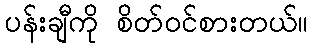
ပန်းချီကို စိတ်ဝင်စားတယ်။